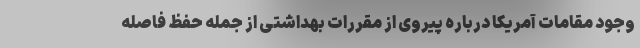
وجود مقامات آمریکا درباره پیروی از مقررات بهداشتی از جمله حفظ فاصله